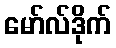
မော်လ်ဒိုက်